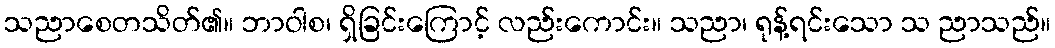
သညာစေတသိတ်၏။ ဘာဝါစ၊ ရှိခြင်းကြောင့် လည်းကောင်း။ သညာ၊ ရုန့်ရင်းသော သ ညာသည်။